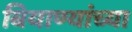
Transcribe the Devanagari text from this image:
बियाण्यांच्या